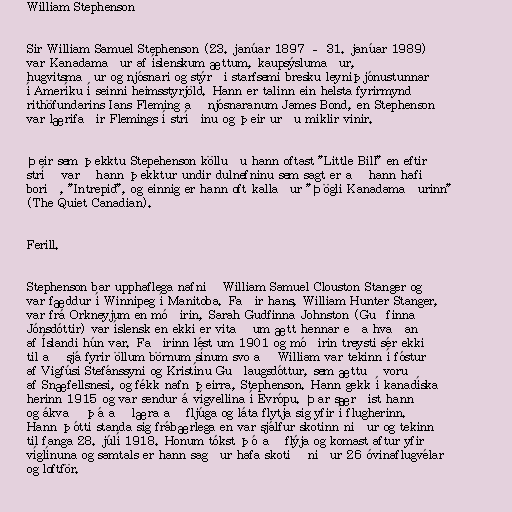
William Stephenson

Sir William Samuel Stephenson (23. janúar 1897 – 31. janúar 1989)
var Kanadamaður af íslenskum ættum, kaupsýslumaður,
hugvitsmaður og njósnari og stýrði starfsemi bresku leyniþjónustunnar
í Ameríku í seinni heimsstyrjöld. Hann er talinn ein helsta fyrirmynd
rithöfundarins Ians Fleming að njósnaranum James Bond, en Stephenson
var lærifaðir Flemings í stríðinu og þeir urðu miklir vinir.

Þeir sem þekktu Stepehenson kölluðu hann oftast "Little Bill" en eftir
stríð varð hann þekktur undir dulnefninu sem sagt er að hann hafi
borið, "Intrepid", og einnig er hann oft kallaður "Þögli Kanadamaðurinn"
(The Quiet Canadian).

Ferill.

Stephenson bar upphaflega nafnið William Samuel Clouston Stanger og
var fæddur í Winnipeg í Manitoba. Faðir hans, William Hunter Stanger,
var frá Orkneyjum en móðirin, Sarah Gudfinna Johnston (Guðfinna
Jónsdóttir) var íslensk en ekki er vitað um ætt hennar eða hvaðan
af Íslandi hún var. Faðirinn lést um 1901 og móðirin treysti sér ekki
til að sjá fyrir öllum börnum sínum svo að William var tekinn í fóstur
af Vigfúsi Stefánssyni og Kristínu Guðlaugsdóttur, sem ættuð voru
af Snæfellsnesi, og fékk nafn þeirra, Stephenson. Hann gekk í kanadíska
herinn 1915 og var sendur á vígvellina í Evrópu. Þar særðist hann
og ákvað þá að læra að fljúga og láta flytja sig yfir í flugherinn.
Hann þótti standa sig frábærlega en var sjálfur skotinn niður og tekinn
til fanga 28. júlí 1918. Honum tókst þó að flýja og komast aftur yfir
víglínuna og samtals er hann sagður hafa skotið niður 26 óvinaflugvélar
og loftför.